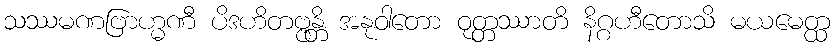
သဿမဏဗြာဟ္မဏီ ပိဒဟိတဗ္ဗန္တိ အနုဝါတော ဝုတ္တဿာတိ နိဂ္ဂဟီတောသိ မယမေတ္ထ